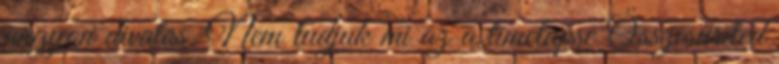
nagyon divatos. Nem tudjuk mi az a timelapse Összesűríted